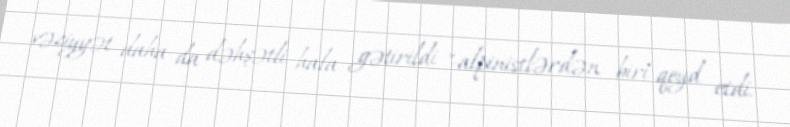
vəziyyət daha da dəhşətli hala gətirildi "-alpinistlərdən biri qeyd etdi.